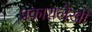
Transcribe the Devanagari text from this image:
प्रकाशलेखी